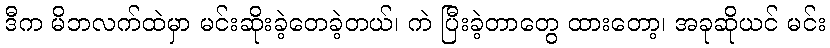
ဒီက မိဘလက်ထဲမှာ မင်းဆိုးခဲ့တေခဲ့တယ်၊ ကဲ ပြီးခဲ့တာတွေ ထားတော့၊ အခုဆိုယင် မင်း